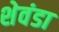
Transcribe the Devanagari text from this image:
शेवंडा